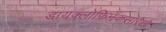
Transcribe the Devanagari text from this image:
डायक्लोफिनॅकसारखे